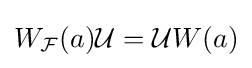
W_{\mathcal {F}}(a){\mathcal {U}}={\mathcal {U}}W(a)